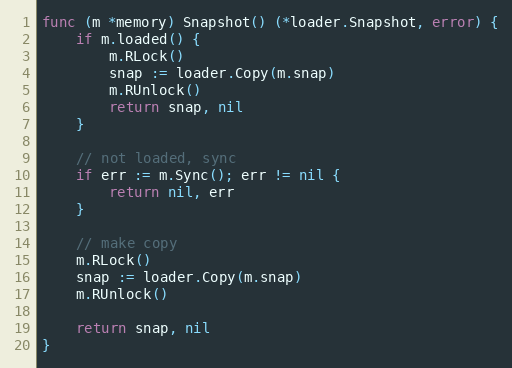
Language: Go
func (m *memory) Snapshot() (*loader.Snapshot, error) {
	if m.loaded() {
		m.RLock()
		snap := loader.Copy(m.snap)
		m.RUnlock()
		return snap, nil
	}

	// not loaded, sync
	if err := m.Sync(); err != nil {
		return nil, err
	}

	// make copy
	m.RLock()
	snap := loader.Copy(m.snap)
	m.RUnlock()

	return snap, nil
}